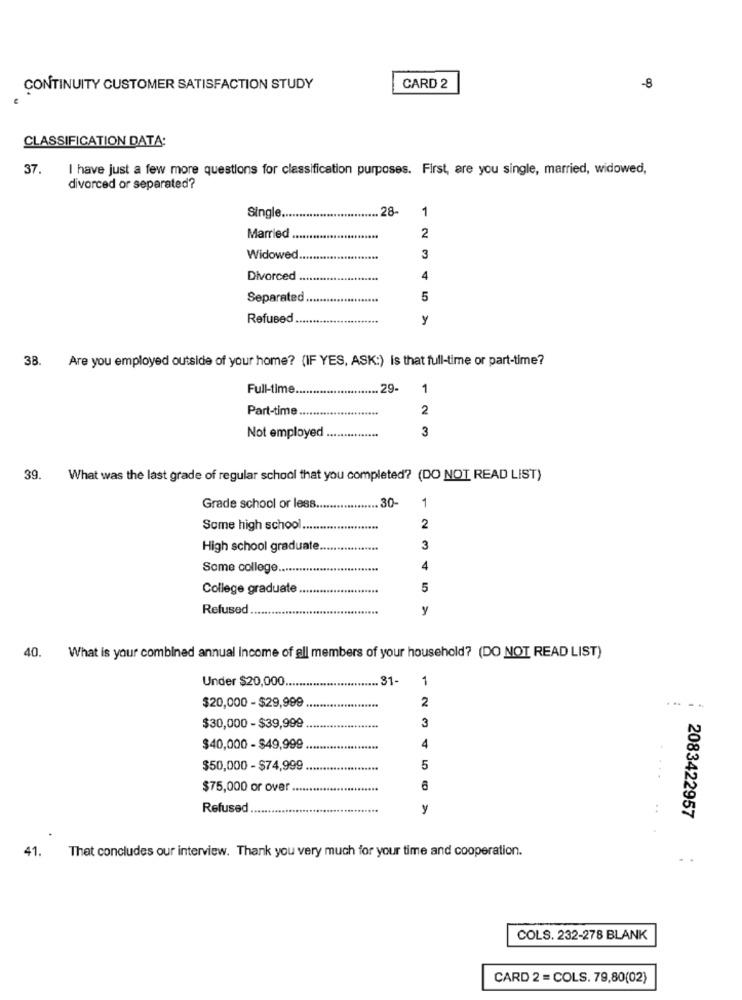
CONTINUITY CUSTOMER SATISFACTION STUDY
CARD 2
-8
CLASSIFICATION DATA:
37.
I have just a few more questions for classification purposes. First, are you single, married, widowed,
divorced or separated?
.... 28-
1
Single.
Married ..
.....
2
Widowed
3
Divorced
4
Separated
5
Refused
y
38. Are you employed outside of your home? (IF YES, ASK:) Is that full-time or part-time?
Full-time
............ 29-
1
Part-time
2
3
Not employed
39. What was the last grade of regular school that you completed? (DO NOT READ LIST)
30-
Grade school or less ...
1
Some high school ..
2
High school graduate.
3
Some college ...
4
College graduate
5
Refused
y
40. What is your combined annual Income of all members of your household? (DO NOT READ LIST)
Under $20,000 ....
.31-
1
$20,000 - $29,999
2
.....
$30,000 - $39,999
3
$40,000 - $49,999
4
$50,000 - $74,999
5
$75,000 or over
6
Refused
y
2083422957
41.
That concludes our interview. Thank you very much for your time and cooperation.
COLS. 232-278 BLANK
CARD 2 = COLS. 79,80(02)